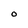
Character: O